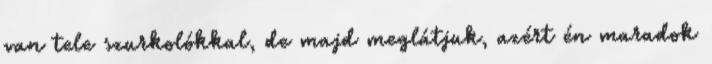
van tele szurkolókkal, de majd meglátjuk, azért én maradok